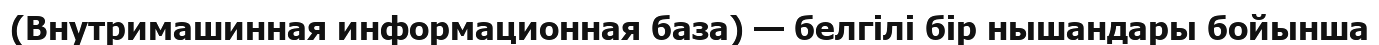
(Внутримашинная информационная база) — белгілі бір нышандары бойынша